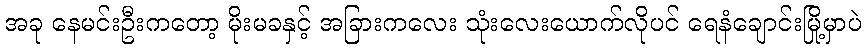
အခု နေမင်းဦးကတော့ မိုးမခနှင့် အခြားကလေး သုံးလေးယောက်လိုပင် ရေနံချောင်းမြို့မှာပဲ